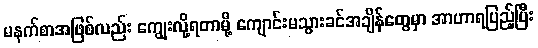
မနက်စာအဖြစ်လည်း ကျွေးလို့ရတာမို့ ကျောင်းမသွားခင်အချိန်တွေမှာ အာဟာရပြည့်ပြီး